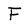
Character: F